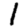
Digit: 1